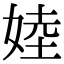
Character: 㛬